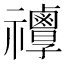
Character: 𥜯